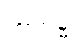
ဆုဒ္ဓေါ